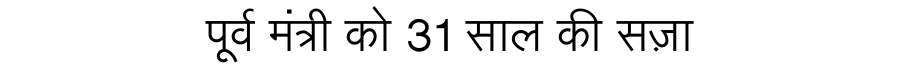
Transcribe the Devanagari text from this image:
पूर्व मंत्री को 31 साल की सज़ा